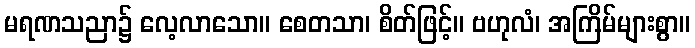
မရဏသညာ၌ လေ့လာသော။ စေတသာ၊ စိတ်ဖြင့်။ ဗဟုလံ၊ အကြိမ်များစွာ။